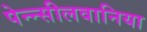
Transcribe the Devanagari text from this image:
पेन्न्सीलवानिया